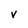
Character: v